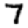
Digit: 7